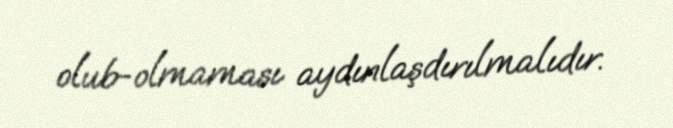
olub-olmaması aydınlaşdırılmalıdır.